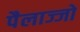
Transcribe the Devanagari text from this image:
पैलाज्जो